Tartu_Kolgata_baptistikogudus, lk 97
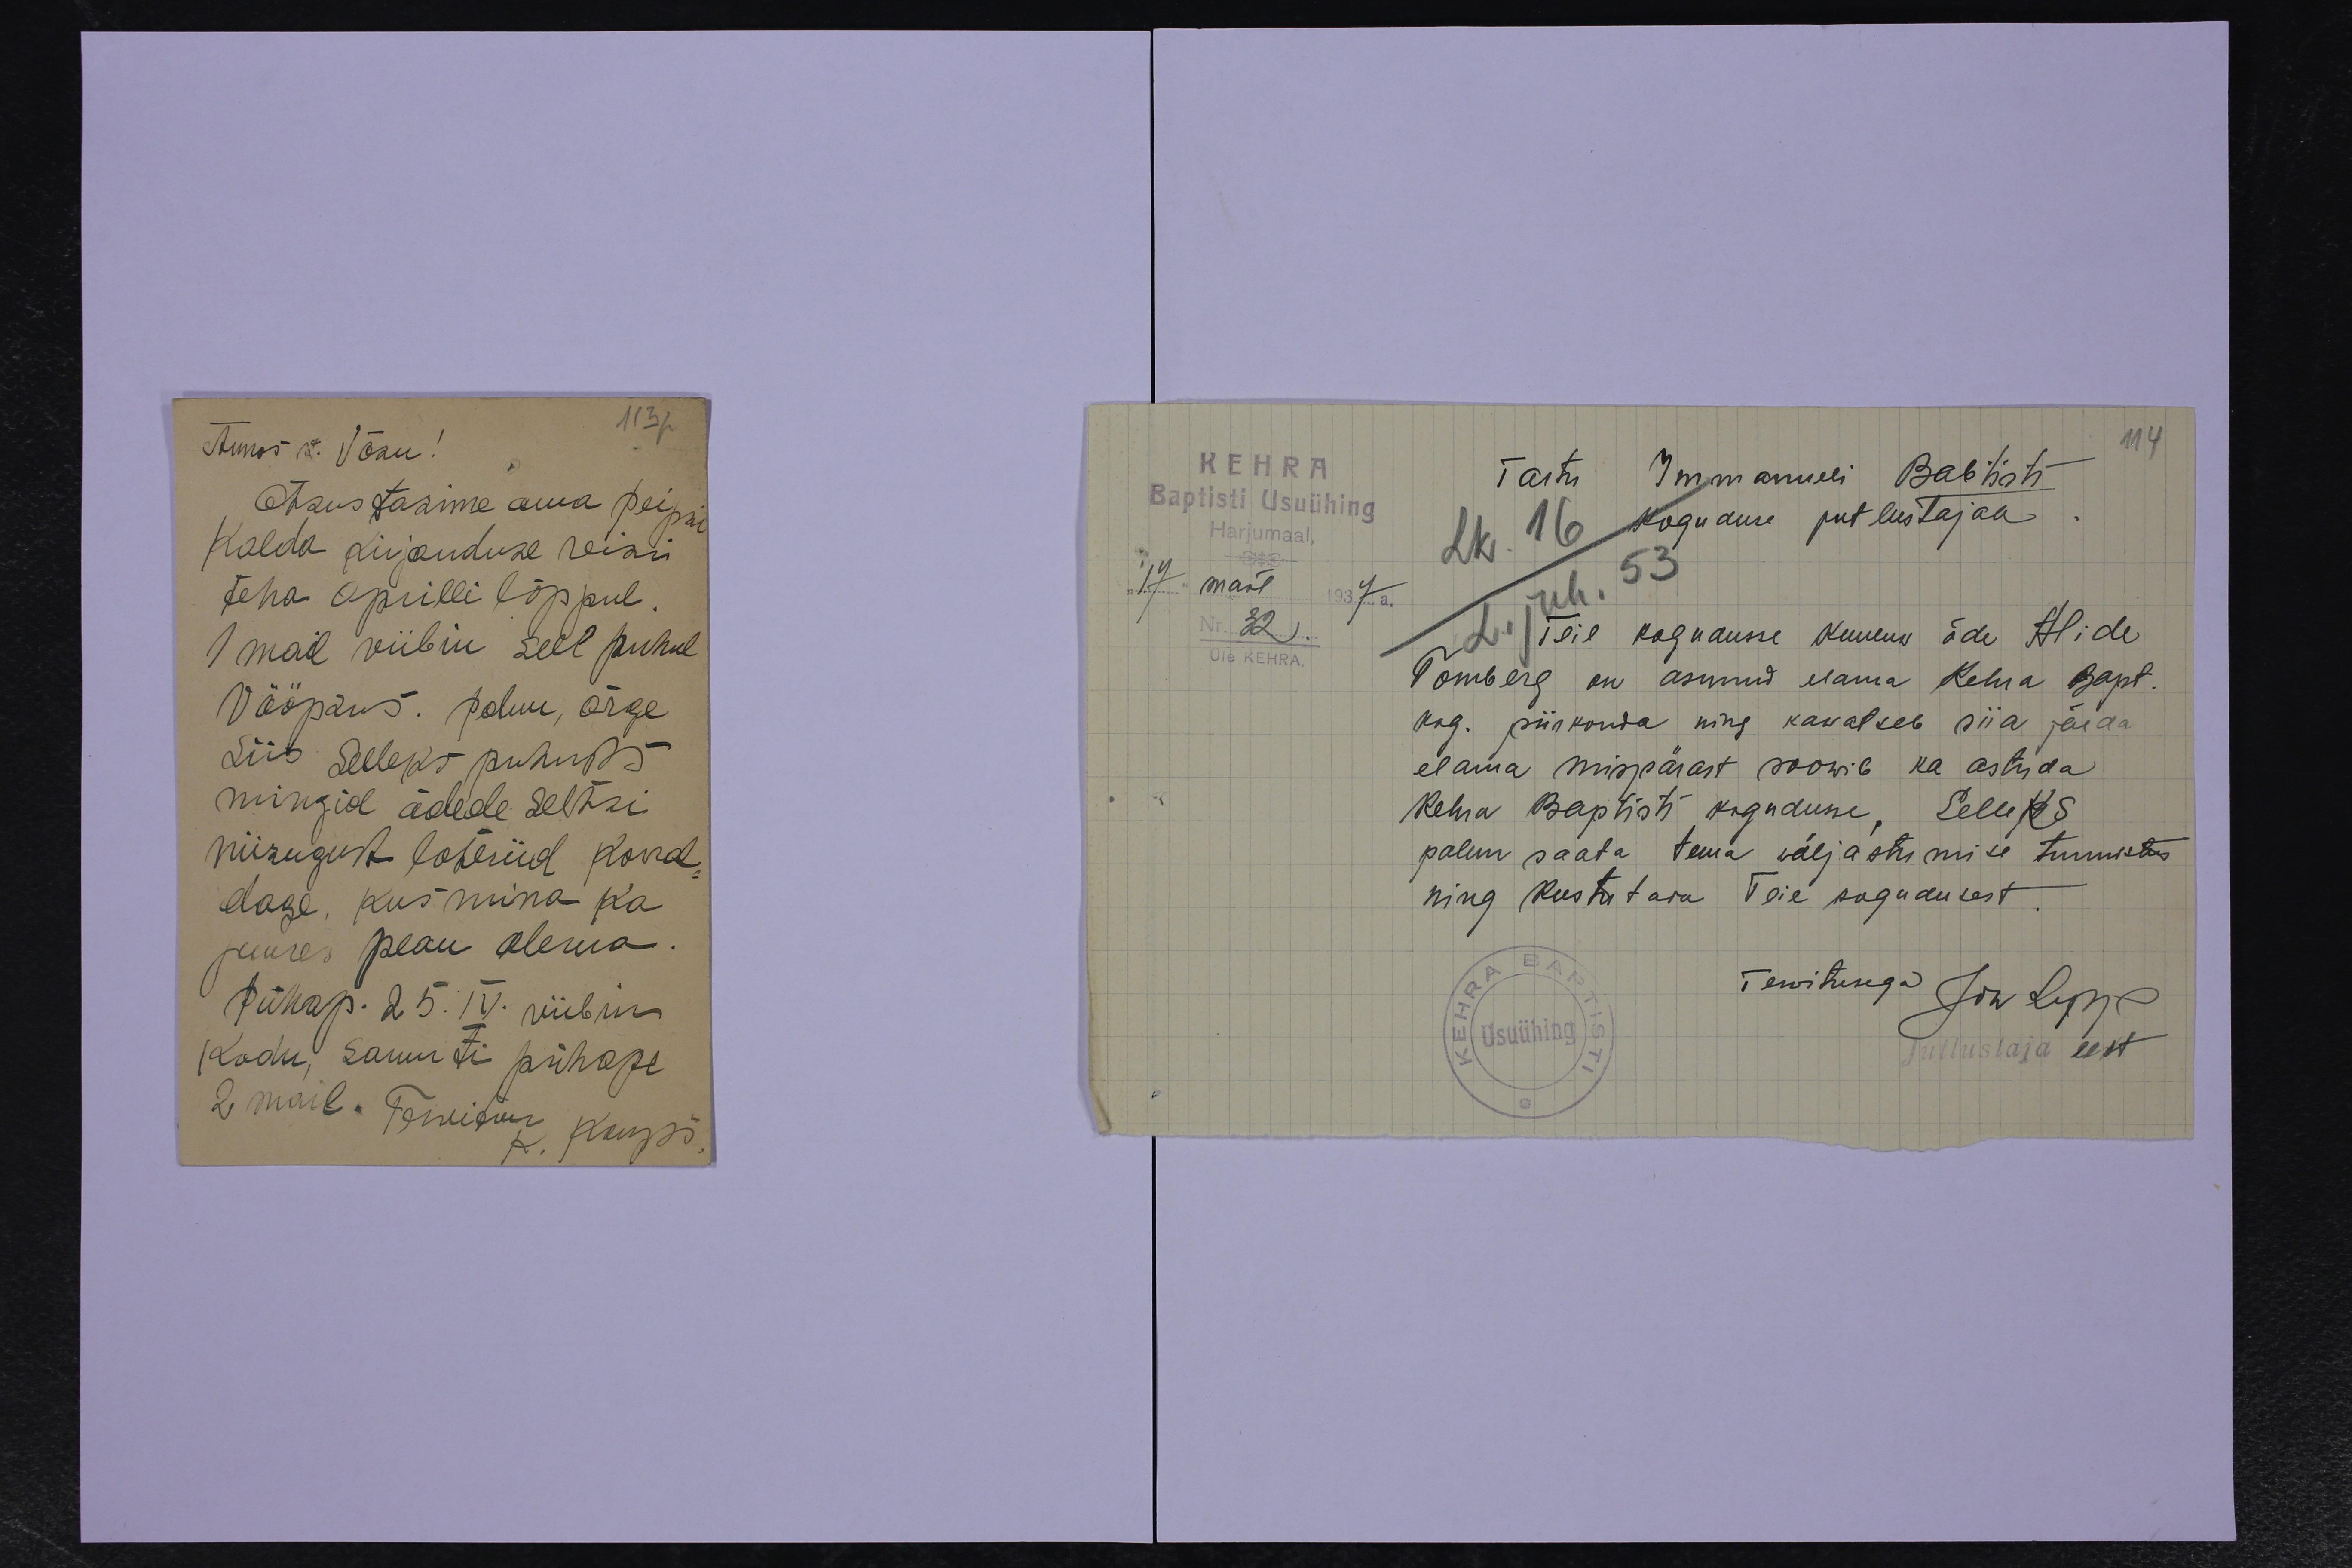
113p
Armas v. Võsu!
Otsustasime oma Peipsi
Kalda kirjanduse reisi
teha Aprilli lõppul
1 mail viibin sell puhul
Vööpsus. Palun, ärge
Siis Selleks puhuks
mingid õdede seltsi
niisugust loteriid korral
dage, kus mina ka
juures pean olema.
pühap. 25.IV viibin
kodu, samuti pühape
2 mail. Tervitan K. Kaups

114
KEHRA
Tartu Immanueli Baptisti
Baptisti Usuühing
Harjumaal
Lk. 16 koguause jutlustajale
53
Nr 32
17mail 1937 a.
Teie kogudusse kuuluw õde Alide
Üle KEHRA
Tomberg on asunud elama Kehra Bapt.
kog. piirkonda ning kavatseb siia jäeda
elama mispärast soowib ka astuda
Kehra Baptisti koguduse, Selleks
palun saata tema väljastumise tunnistus
ning kustutada Teie kogudusest
Tewitusega Joh Lippe
Jutlustaja eest